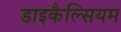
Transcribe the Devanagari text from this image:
डाइकैल्सियम